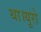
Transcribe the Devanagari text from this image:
था।यूरो